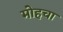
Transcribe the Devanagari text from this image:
मोहचा